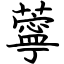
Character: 薴